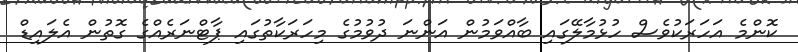
ކޮންމެ އަހަރަކުވެސް ހުޅުމާލޭގައި ބާއްވަމުން އަންނަ ދުވުމުގެ މިހަރަކާތުގައި ޕާޓްނަރެއްގެ ގޮތުން އެލައިޑް